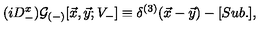
( i D _ { - } ^ { x } ) { \cal G } _ { ( - ) } [ { \vec { x } } , { \vec { y } } ; V _ { - } ] \equiv \delta ^ { ( 3 ) } ( { \vec { x } } - { \vec { y } } ) - [ S u b . ] ,